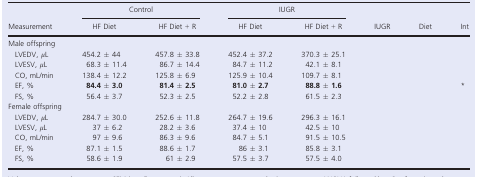
|  | <COLSPAN=2> Control | <COLSPAN=2> IUGR |  |  |  |
 | Measurement | HF Diet | HF Diet + R | HF Diet | HF Diet + R | IUGR | Diet | Int |
 | --- | --- | --- | --- | --- | --- | --- | --- |
 | <COLSPAN=8> Male offspring |
 | LVEDV, μL | 454.2 ± 44 | 457.8 ± 33.8 | 452.4 ± 37.2 | 370.3 ± 25.1 |  |  |  |
 | LVESV, μL | 68.3 ± 11.4 | 86.7 ± 14.4 | 84.7 ± 11.2 | 42.1 ± 8.1 |  |  |  |
 | CO, mL/min | 138.4 ± 12.2 | 125.8 ± 6.9 | 125.9 ± 10.4 | 109.7 ± 8.1 |  |  |  |
 | EF, % | 84.4 ± 3.0 | 81.4 ± 2.5 | 81.0 ± 2.7 | 88.8 ± 1.6 |  |  | * |
 | FS, % | 56.4 ± 3.7 | 52.3 ± 2.5 | 52.2 ± 2.8 | 61.5 ± 2.3 |  |  |  |
 | <COLSPAN=8> Female offspring |
 | LVEDV, μL | 284.7 ± 30.0 | 252.6 ± 11.8 | 264.7 ± 19.6 | 296.3 ± 16.1 |  |  |  |
 | LVESV, μL | 37 ± 6.2 | 28.2 ± 3.6 | 37.4 ± 10 | 42.5 ± 10 |  |  |  |
 | CO, mL/min | 97 ± 9.6 | 86.3 ± 9.6 | 84.7 ± 5.1 | 91.5 ± 10.5 |  |  |  |
 | EF, % | 87.1 ± 1.5 | 88.6 ± 1.7 | 86 ± 3.1 | 85.8 ± 3.1 |  |  |  |
 | FS, % | 58.6 ± 1.9 | 61 ± 2.9 | 57.5 ± 3.7 | 57.5 ± 4.0 |  |  |  |